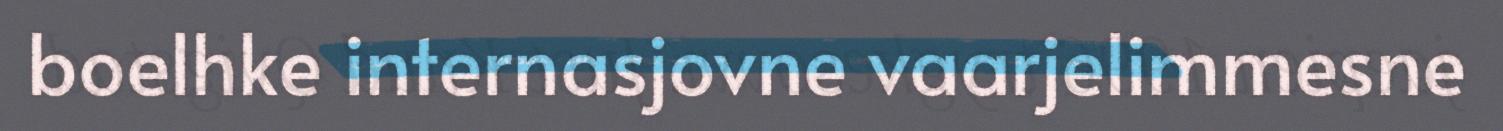
boelhke internasjovne vaarjelimmesne